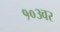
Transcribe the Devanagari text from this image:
१०३वर